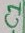
Text: C1